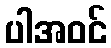
ပါအဝင်